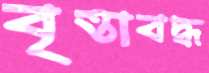
বৃত্তাবদ্ধ